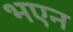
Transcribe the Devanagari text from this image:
भएन